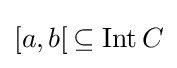
[a,b[\,\subseteq \operatorname {Int} C